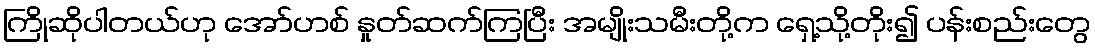
ကြိုဆိုပါတယ်ဟု အော်ဟစ် နှုတ်ဆက်ကြပြီး အမျိုးသမီးတို့က ရှေ့သို့တိုး၍ ပန်းစည်းတွေ